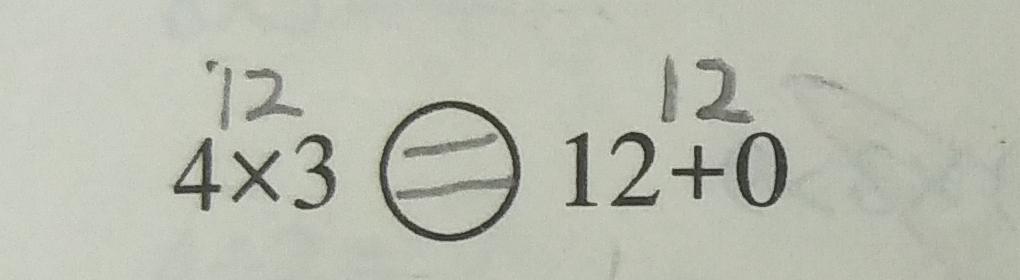
4 \times 3 = 1 2 + 0